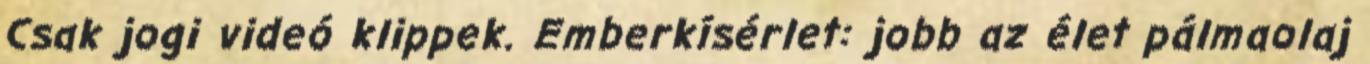
Csak jogi videó klippek. Emberkísérlet: jobb az élet pálmaolaj